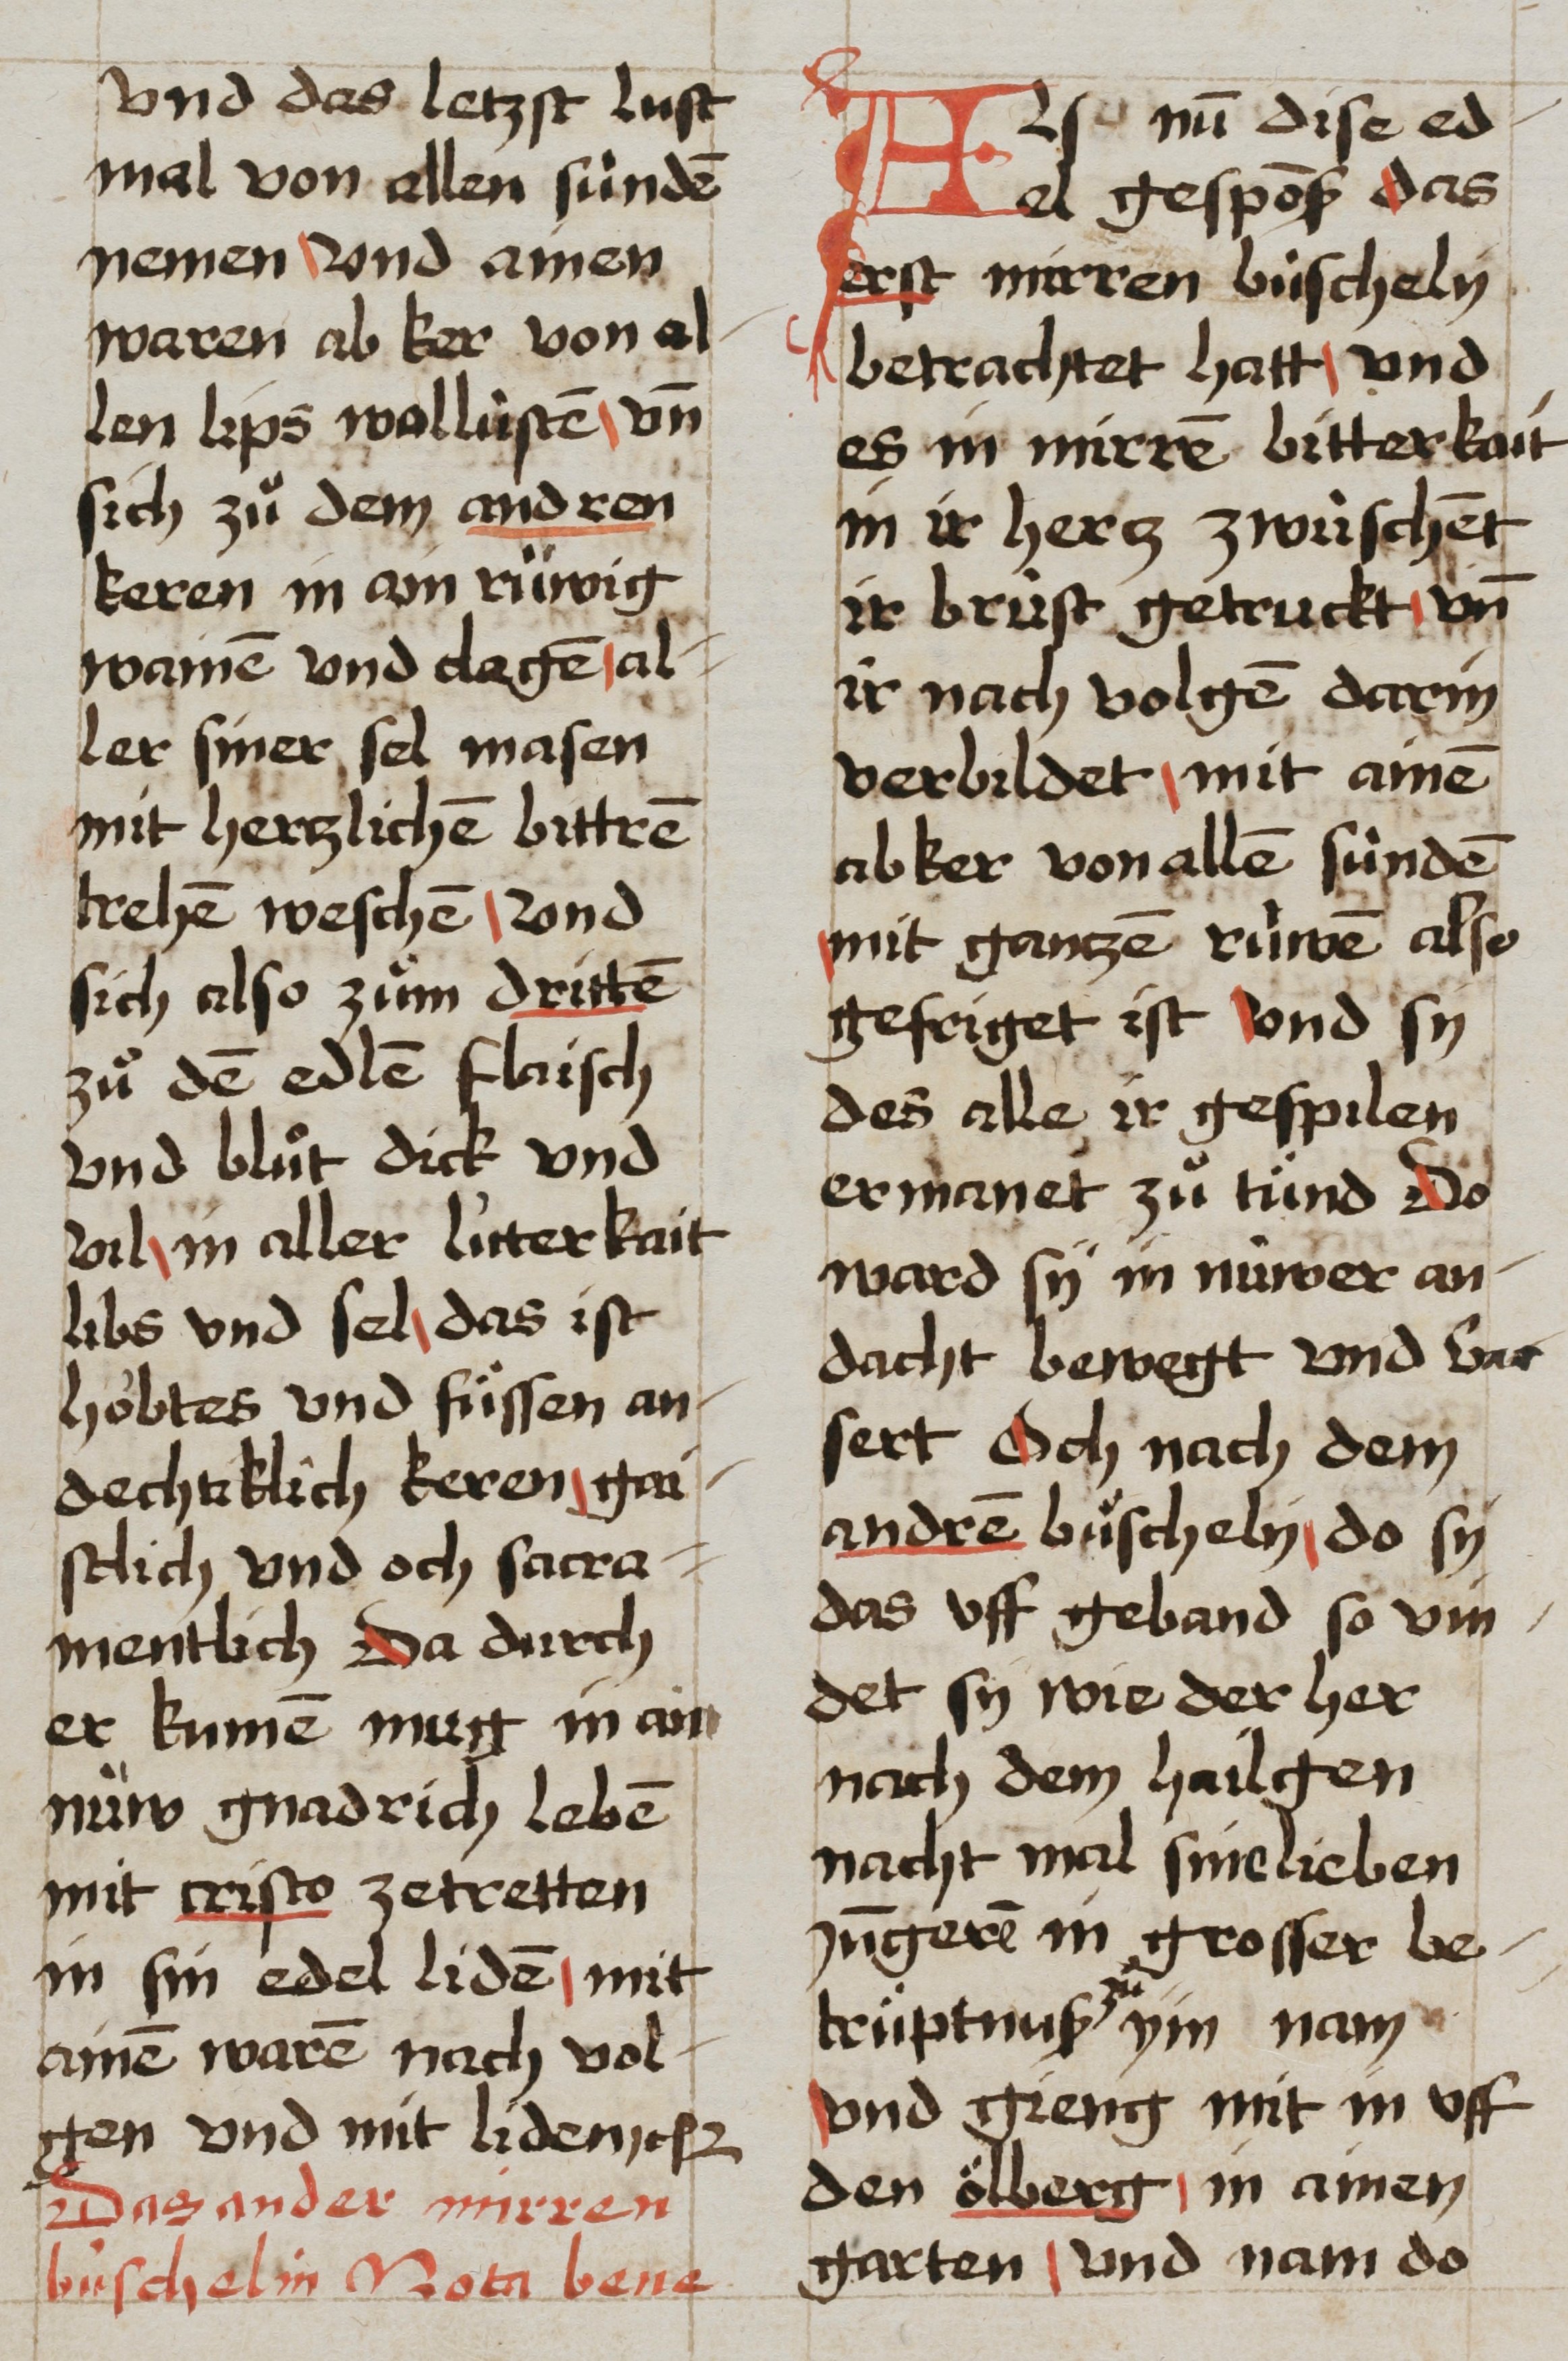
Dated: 1493–1493